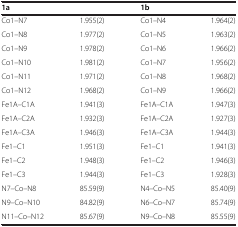
<table><thead><tr><td><b>1a</b></td><td><b> </b></td><td><b>1b</b></td><td><b> </b></td></tr></thead><tbody><tr><td>Co1–N7</td><td>1.955(2)</td><td>Co1–N4</td><td>1.964(2)</td></tr><tr><td>Co1–N8</td><td>1.977(2)</td><td>Co1–N5</td><td>1.963(2)</td></tr><tr><td>Co1–N9</td><td>1.978(2)</td><td>Co1–N6</td><td>1.966(2)</td></tr><tr><td>Co1–N10</td><td>1.981(2)</td><td>Co1–N7</td><td>1.956(2)</td></tr><tr><td>Co1–N11</td><td>1.971(2)</td><td>Co1–N8</td><td>1.968(2)</td></tr><tr><td>Co1–N12</td><td>1.968(2)</td><td>Co1–N9</td><td>1.966(2)</td></tr><tr><td>Fe1A–C1A</td><td>1.941(3)</td><td>Fe1A–C1A</td><td>1.947(3)</td></tr><tr><td>Fe1A–C2A</td><td>1.932(3)</td><td>Fe1A–C2A</td><td>1.927(3)</td></tr><tr><td>Fe1A–C3A</td><td>1.946(3)</td><td>Fe1A–C3A</td><td>1.944(3)</td></tr><tr><td>Fe1–C1</td><td>1.951(3)</td><td>Fe1–C1</td><td>1.941(3)</td></tr><tr><td>Fe1–C2</td><td>1.948(3)</td><td>Fe1–C2</td><td>1.946(3)</td></tr><tr><td>Fe1–C3</td><td>1.944(3)</td><td>Fe1–C3</td><td>1.928(3)</td></tr><tr><td>N7–Co–N8</td><td>85.59(9)</td><td>N4–Co–N5</td><td>85.40(9)</td></tr><tr><td>N9–Co–N10</td><td>84.82(9)</td><td>N6–Co–N7</td><td>85.74(9)</td></tr><tr><td>N11–Co–N12</td><td>85.67(9)</td><td>N9–Co–N8</td><td>85.55(9)</td></tr></tbody></table>